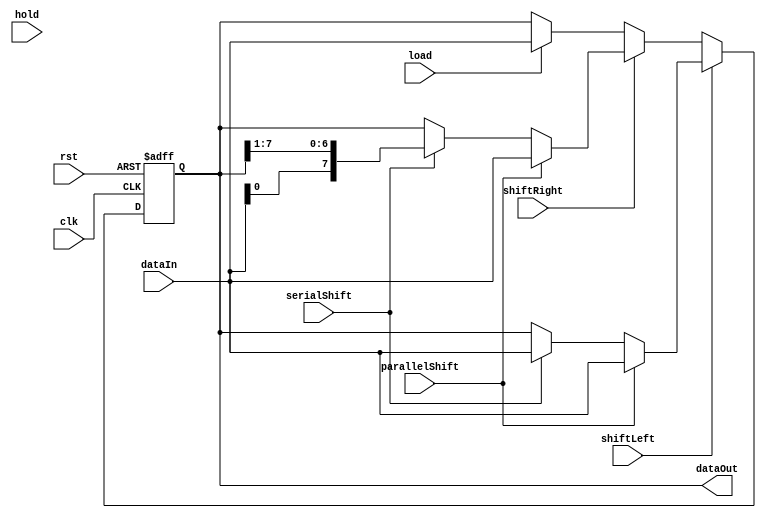
module UniversalShiftRegister (
    input wire clk,
    input wire rst,
    input wire shiftLeft,
    input wire shiftRight,
    input wire parallelShift,
    input wire serialShift,
    input wire load,
    input wire hold,
    input wire [7:0] dataIn,
    output reg [7:0] dataOut
);

reg [7:0] shiftReg;

always @(posedge clk or posedge rst) begin
    if (rst) begin
        shiftReg <= 8'b00000000;
    end else begin
        if (shiftLeft) begin
            if (parallelShift) begin
                shiftReg <= dataIn;
            end else if (serialShift) begin
                shiftReg <= {shiftReg[6:0], dataIn};
            end
        end else if (shiftRight) begin
            if (parallelShift) begin
                shiftReg <= dataIn;
            end else if (serialShift) begin
                shiftReg <= {dataIn, shiftReg[7:1]};
            end
        end else if (load) begin
            shiftReg <= dataIn;
        end else if (hold) begin
            shiftReg <= shiftReg;
        end
    end
end

assign dataOut = shiftReg;

endmodule